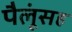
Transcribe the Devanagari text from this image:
पैलूंसह